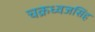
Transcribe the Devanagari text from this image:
चक्रध्वजसिंह